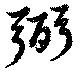
弼